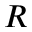
R